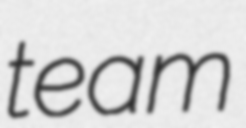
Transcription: team